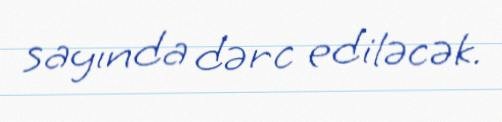
sayında dərc ediləcək.